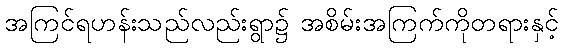
အကြင်ရဟန်းသည်လည်းရွာ၌ အစိမ်းအကြက်ကိုတရားနှင့်